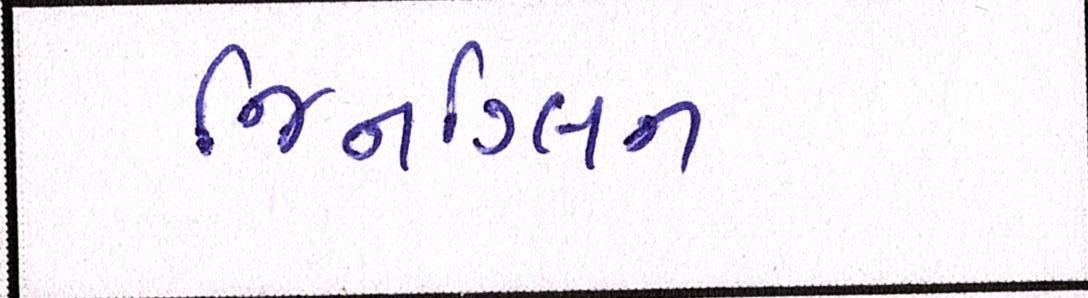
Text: જિનગ્લિન